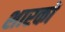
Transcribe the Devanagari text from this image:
शारकों